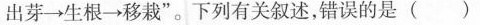
出芽→生根→移栽”。下列有关叙述，错误的是()